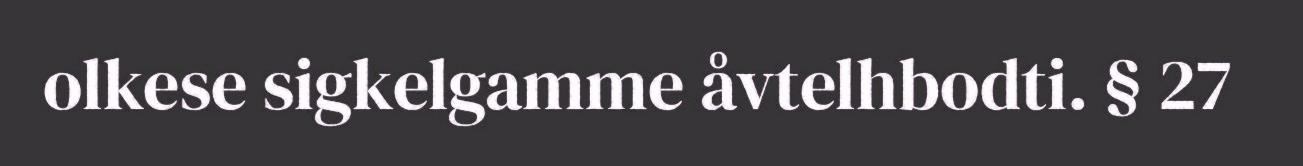
olkese sigkelgamme åvtelhbodti. § 27